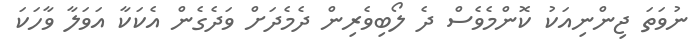
ނުވަތަ ޖިންނިއަކު ކޮންމެވެސް ދެ ލޯބިވެރިން ދެމެދަށް ވަދެގެން އެކަކާ އަވަލާ ވާހަކަ